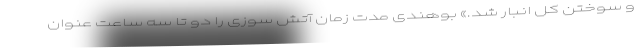
و سوختن کل انبار شد.» بوهندی مدت زمان آتش سوزی را دو تا سه ساعت عنوان